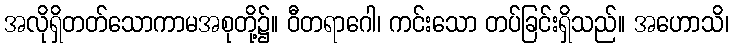
အလိုရှိတတ်သောကာမအစုတို့၌။ ဝီတရာဂေါ၊ ကင်းသော တပ်ခြင်းရှိသည်။ အဟောသိ၊